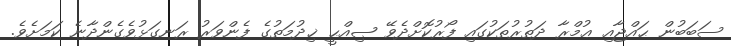
ސަބަބުން ޙައްޖާއި ޢުމްރާ ދަތުރުތަކުގައި ފޯރުކޮށްދެވޭ ޞިއްޙީ ޚިދުމަތުގެ ފެންވަރު ރަނގަޅުވެގެންދާނެ ކަމަށެވެ.